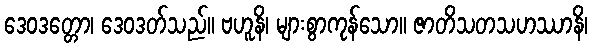
ဒေဝဒတ္တော၊ ဒေဝဒတ်သည်။ ဗဟူနိ၊ များစွာကုန်သော။ ဇာတိသတသဟဿာနိ၊